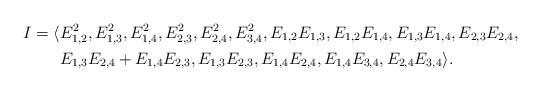
LaTeX: \begin{align*} I=\langle & E_{1,2}^{2},E_{1,3}^{2},E_{1,4}^{2},E_{2,3}^{2},E_{2,4}^{2},E_{3,4}^{2}, E_{1,2}E_{1,3}, E_{1,2}E_{1,4},E_{1,3}E_{1,4}, E_{2,3}E_{2,4},\\ & E_{1,3}E_{2,4}+E_{1,4}E_{2,3}, E_{1,3}E_{2,3},E_{1,4}E_{2,4},E_{1,4}E_{3,4},E_{2,4}E_{3,4}\rangle.\end{align*}